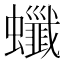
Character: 𧕂